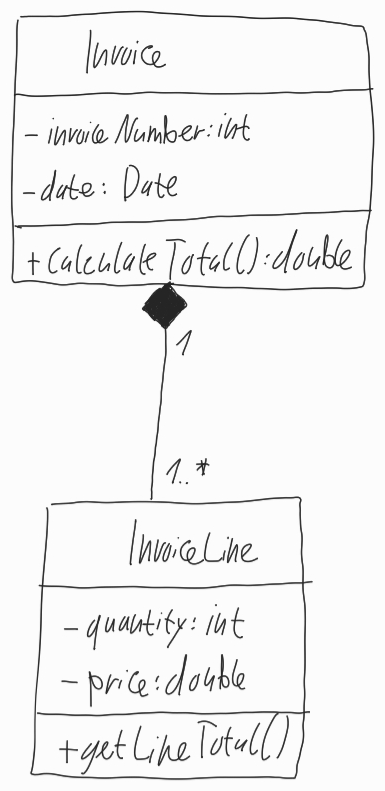
Diagram type: class_diagram
```plantuml
@startuml

class Invoice {
  - invoiceNumber: int
  - date: Date
  + calculateTotal(): double
}

class InvoiceLine {
  - quantity: int
  - price: double
  + getLineTotal()
}

Invoice "1" *-- "1..*" InvoiceLine

@enduml
```